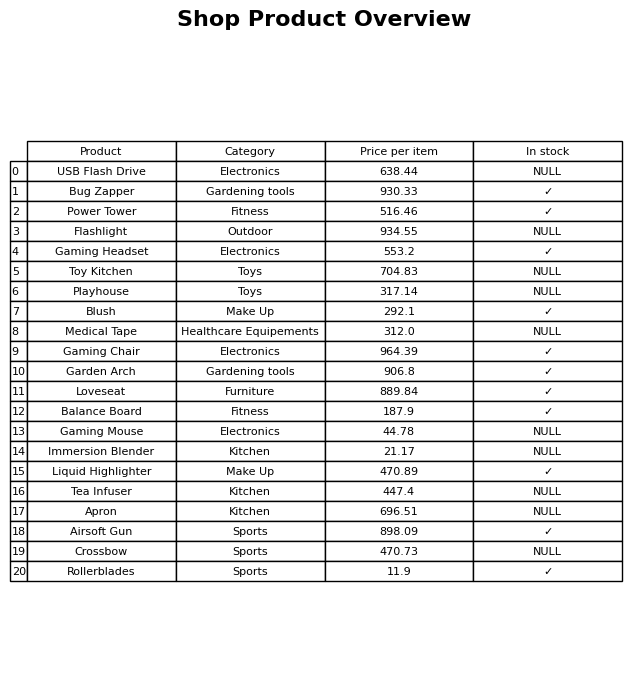
question: What is the price of the Apron?
answer: The price of Apron is 696.51.